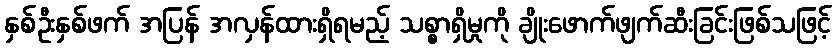
နှစ်ဦးနှစ်ဖက် အပြန် အလှန်ထားရှိရမည့် သစ္စာရှိမှုကို ချိုးဖောက်ဖျက်ဆီးခြင်းဖြစ်သဖြင့်